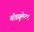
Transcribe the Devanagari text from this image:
मॉड्यूलेटर